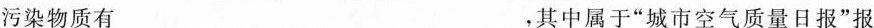
污染物质有_______，其中属于”城市空气质量日报”报